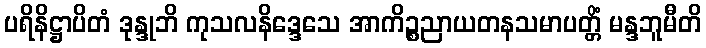
ပရိနိဋ္ဌာပိတံ ဒုန္ဒုဘိ ကုသလနိဒ္ဒေသေ အာကိဉ္စညာယတနသမာပတ္တိံ မန္ဒဘူမီတိ